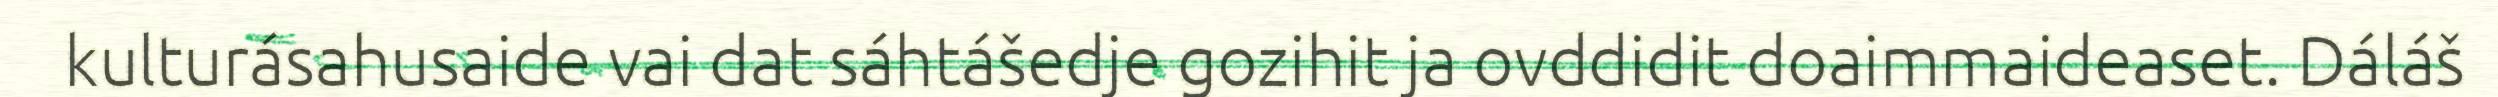
kulturásahusaide vai dat sáhtášedje gozihit ja ovddidit doaimmaideaset. Dáláš